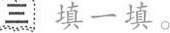
三 填一填。